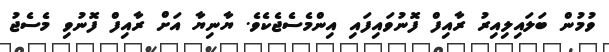
ވުމުން ބަލައިލިއިރު ރާއިފް ފޮނުވައިފައި އިންމެސެޖެކެވެ. ޔާނިޔާ އަށް ރާއިފް ފޮނުވި މެސެޖު